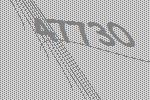
47730